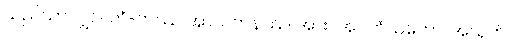
သည်သာလျှင်။ တံ-တဿ အာယတနဿ၊ အား။ အဝကံသတော၊ အယုတ်